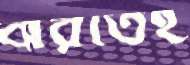
ঝরতেই